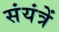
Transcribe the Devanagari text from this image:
संयंत्रें